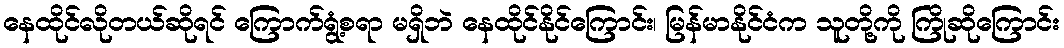
နေထိုင်လိုတယ်ဆိုရင် ကြောက်ရွံ့စရာ မရှိဘဲ နေထိုင်နိုင်ကြောင်း၊ မြန်မာနိုင်ငံက သူတို့ကို ကြိုဆိုကြောင်း